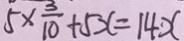
5 \times \frac { 3 } { 1 0 } + 5 x = 1 4 x